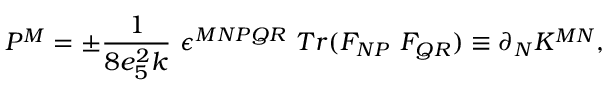
{ \cal P } ^ { M } = \pm \frac { 1 } { 8 e _ { 5 } ^ { 2 } k } \ \epsilon ^ { M N P Q R } \ T r ( F _ { N P } \ F _ { Q R } ) \equiv \partial _ { N } K ^ { M N } ,